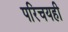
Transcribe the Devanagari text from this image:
परिचयही